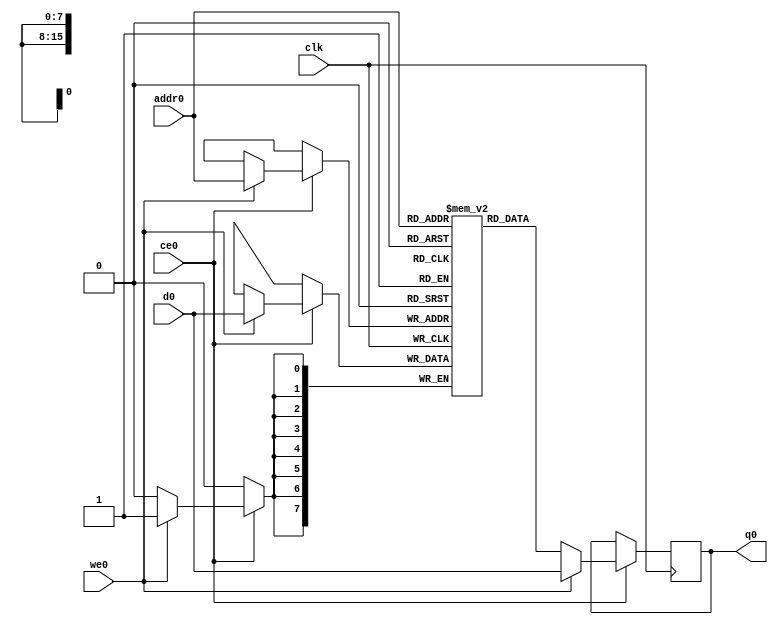
// ==============================================================
// File generated by Vivado(TM) HLS - High-Level Synthesis from C, C++ and SystemC
// Version: 2018.2
// Copyright (C) 1986-2018 Xilinx, Inc. All Rights Reserved.
// 
// ==============================================================

`timescale 1 ns / 1 ps
module matrix_multiply_titb_ram (addr0, ce0, d0, we0, q0,  clk);

parameter DWIDTH = 8;
parameter AWIDTH = 16;
parameter MEM_SIZE = 51200;

input[AWIDTH-1:0] addr0;
input ce0;
input[DWIDTH-1:0] d0;
input we0;
output reg[DWIDTH-1:0] q0;
input clk;

(* ram_style = "block" *)reg [DWIDTH-1:0] ram[0:MEM_SIZE-1];




always @(posedge clk)  
begin 
    if (ce0) 
    begin
        if (we0) 
        begin 
            ram[addr0] <= d0; 
            q0 <= d0;
        end 
        else 
            q0 <= ram[addr0];
    end
end


endmodule


`timescale 1 ns / 1 ps
module matrix_multiply_titb(
    reset,
    clk,
    address0,
    ce0,
    we0,
    d0,
    q0);

parameter DataWidth = 32'd8;
parameter AddressRange = 32'd51200;
parameter AddressWidth = 32'd16;
input reset;
input clk;
input[AddressWidth - 1:0] address0;
input ce0;
input we0;
input[DataWidth - 1:0] d0;
output[DataWidth - 1:0] q0;



matrix_multiply_titb_ram matrix_multiply_titb_ram_U(
    .clk( clk ),
    .addr0( address0 ),
    .ce0( ce0 ),
    .we0( we0 ),
    .d0( d0 ),
    .q0( q0 ));

endmodule